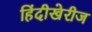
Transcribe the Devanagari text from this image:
हिंदीखेरीज